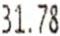
31.78